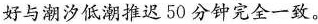
好与潮汐低潮推迟50分钟完全一致。